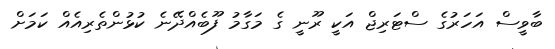
ބާވީސް އަހަރުގެ ސްޓަރިޖް އަކީ ރޫނީ ގެ މަގާމު ފޫބެއްދޭނެ ކުޅުންތެރިއެއް ކަމަށް